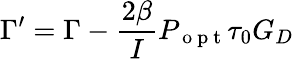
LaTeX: \Gamma^{\prime}=\Gamma-\frac{2\beta}{I}P_{\mathrm{~o~p~t~}}\tau_{0}G_{D}